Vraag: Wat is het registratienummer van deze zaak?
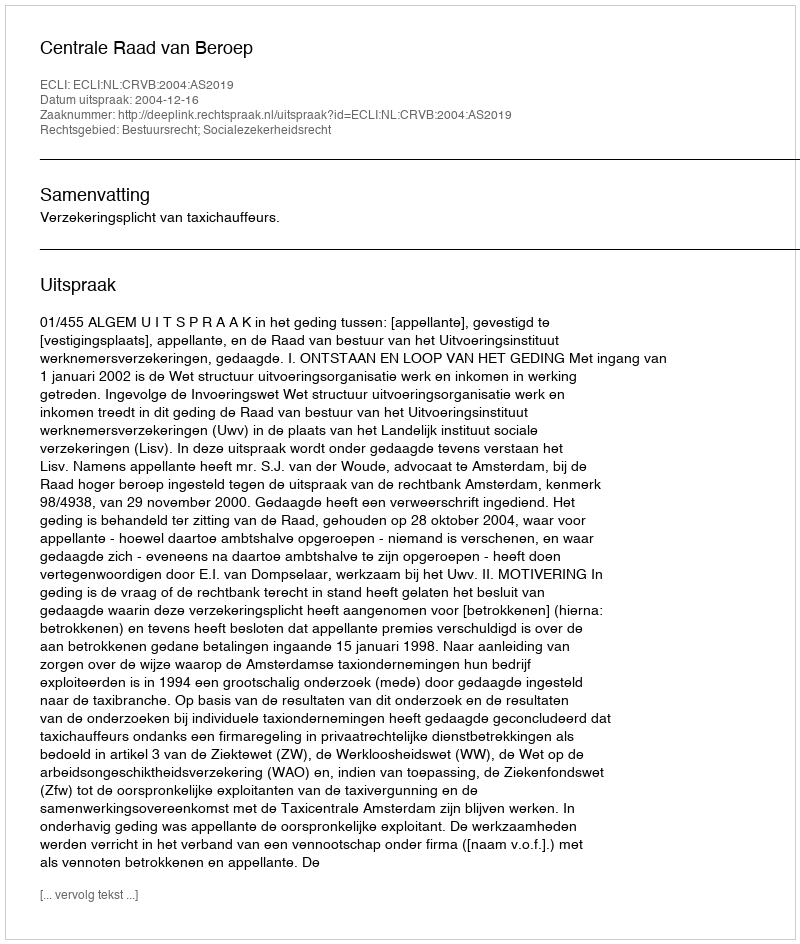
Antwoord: http://deeplink.rechtspraak.nl/uitspraak?id=ECLI:NL:CRVB:2004:AS2019